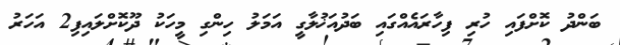
ބަންދު ކޮށްފައި ހުރި ފިހާރައެއްގައި ބަދުއަޚުލާގީ އަމަލު ހިންގި މީހަކު ދޫކޮށްލައިފި2 އަހަރު